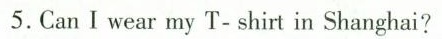
5.CanIwear my T-shirt in Shanghai?